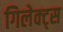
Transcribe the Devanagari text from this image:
गिलेक्ट्स